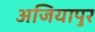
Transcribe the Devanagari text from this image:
अजियापुर